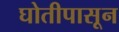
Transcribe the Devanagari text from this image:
घोतीपासून